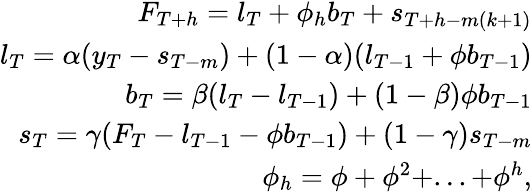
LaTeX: \begin{array}{r}{F_{T+h}=l_{T}+\phi_{h}b_{T}+s_{T+h-m(k+1)}}\\ {l_{T}=\alpha(y_{T}-s_{T-m})+(1-\alpha)(l_{T-1}+\phi b_{T-1})}\\ {b_{T}=\beta(l_{T}-l_{T-1})+(1-\beta)\phi b_{T-1}}\\ {s_{T}=\gamma(F_{T}-l_{T-1}-\phi b_{T-1})+(1-\gamma)s_{T-m}}\\ {\phi_{h}=\phi+\phi^{2}+...+\phi^{h},}\end{array}